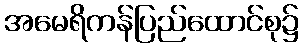
အမေရိကန်ပြည်ထောင်စု၌